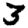
Digit: 3